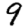
Digit: 9